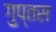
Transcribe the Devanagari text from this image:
गुप्तस